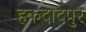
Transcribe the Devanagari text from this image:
हकदादपुर